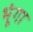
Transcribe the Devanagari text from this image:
भूंगा